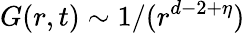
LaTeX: G(r,t)\sim 1/(r^{d-2+\eta})